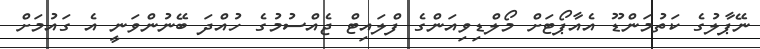
ނޭޕާލުގެ ކަތުމަންޑޫ އެއާޕޯޓަށް މޯލްޑިވިއަންގެ ފްލައިޓް ޖެއްސުމުގެ ހުއްދަ ބޭނުންވަނީ އެ ގައުމަށް